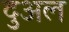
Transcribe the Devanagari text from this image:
दुअल